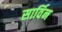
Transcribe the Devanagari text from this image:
सार्विन